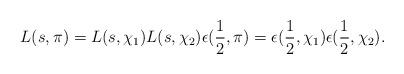
LaTeX: \begin{align*}L(s,\pi) = L(s,\chi_1)L(s,\chi_2) \epsilon(\frac{1}{2},\pi) = \epsilon(\frac{1}{2},\chi_1)\epsilon(\frac{1}{2}, \chi_2). \end{align*}